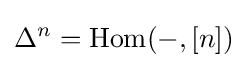
\Delta ^{n}=\operatorname {Hom} (-,[n])